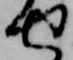
せ